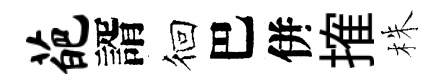
葩諝徊巴併搉株